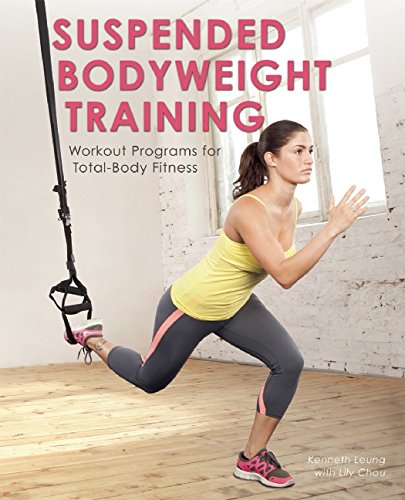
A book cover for Suspended Bodyweight Training: Workout Programs for Total-Body Fitness; Kenneth Leung; Health, Fitness & Dieting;